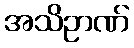
အသိဥာဏ်